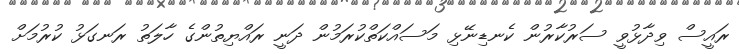
ރައީސް ވިދާޅުވީ ސަރުކާރުން ކެނޑިނޭޅި މަސައްކަތްކުރަމުން ދަނީ ރައްޔިތުންގެ ހާލަތު ރަނގަޅު ކުރުމަށް